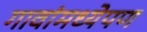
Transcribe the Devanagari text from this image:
गावांमध्येपण